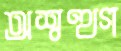
অশ্বত্থগ